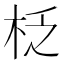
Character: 柉